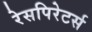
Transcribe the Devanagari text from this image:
रेसपिरेटर्स